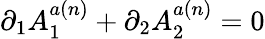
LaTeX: \partial_{1}A_{1}^{a(n)}+\partial_{2}A_{2}^{a(n)}=0